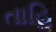
તાહિ